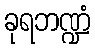
ခုရဘဏ္ဍံ